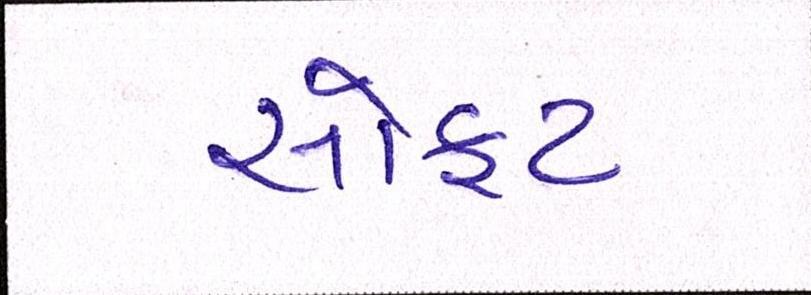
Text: સોફ્ટ